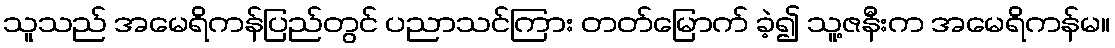
သူသည် အမေရိကန်ပြည်တွင် ပညာသင်ကြား တတ်မြောက် ခဲ့၍ သူ့ဇနီးက အမေရိကန်မ။